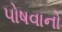
પોષવાનો